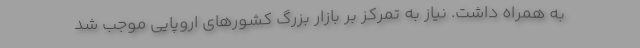
به همراه داشت. نیاز به تمرکز بر بازار بزرگ کشورهای اروپایی موجب شد